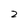
Character: 2